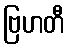
ဗြဟတီ